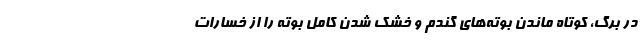
در برگ، کوتاه ماندن بوته‌های گندم و خشک شدن کامل بوته را از خسارات